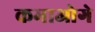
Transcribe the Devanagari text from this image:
कमाओगे